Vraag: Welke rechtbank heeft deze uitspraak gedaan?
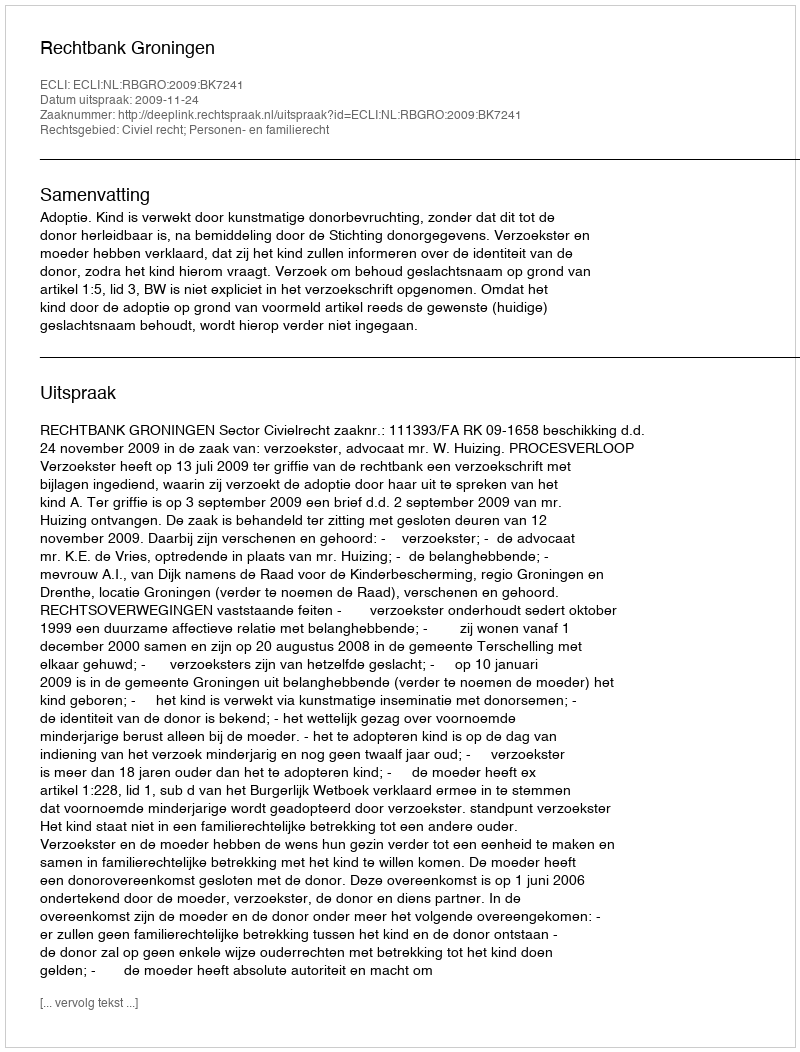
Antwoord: Rechtbank Groningen